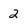
Character: 2